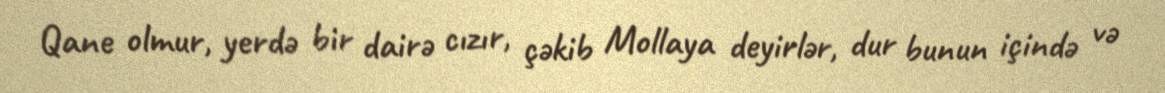
Qane olmur, yerdə bir dairə cızır, çəkib Mollaya deyirlər, dur bunun içində və